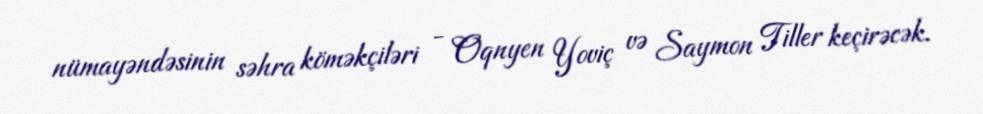
nümayəndəsinin səhra köməkçiləri - Oqnyen Yoviç və Saymon Tiller keçirəcək.